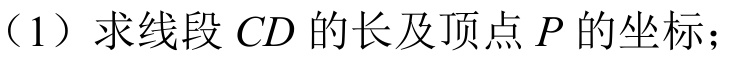
（1）求线段 \(CD\) 的长及顶点 \(P\) 的坐标；